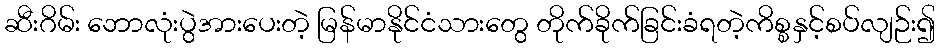
ဆီးဂိမ်း ဘောလုံးပွဲအားပေးတဲ့ မြန်မာနိုင်ငံသားတွေ တိုက်ခိုက်ခြင်းခံရတဲ့ကိစ္စနှင့်စပ်လျဉ်း၍